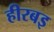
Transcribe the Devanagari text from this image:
हीरबइ